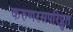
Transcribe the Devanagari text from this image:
करुणरसपरिप्लुत